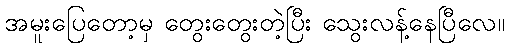
အမူးပြေတော့မှ တွေးတွေးတဲ့ပြီး သွေးလန့်နေပြီလေ။